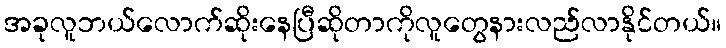
အခုလူဘယ်လောက်ဆိုးနေပြီဆိုတာကိုလူတွေနားလည်လာနိုင်တယ်။